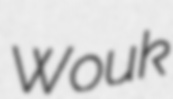
Wouk